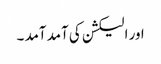
اور الیکشن کی آمد آمد ۔